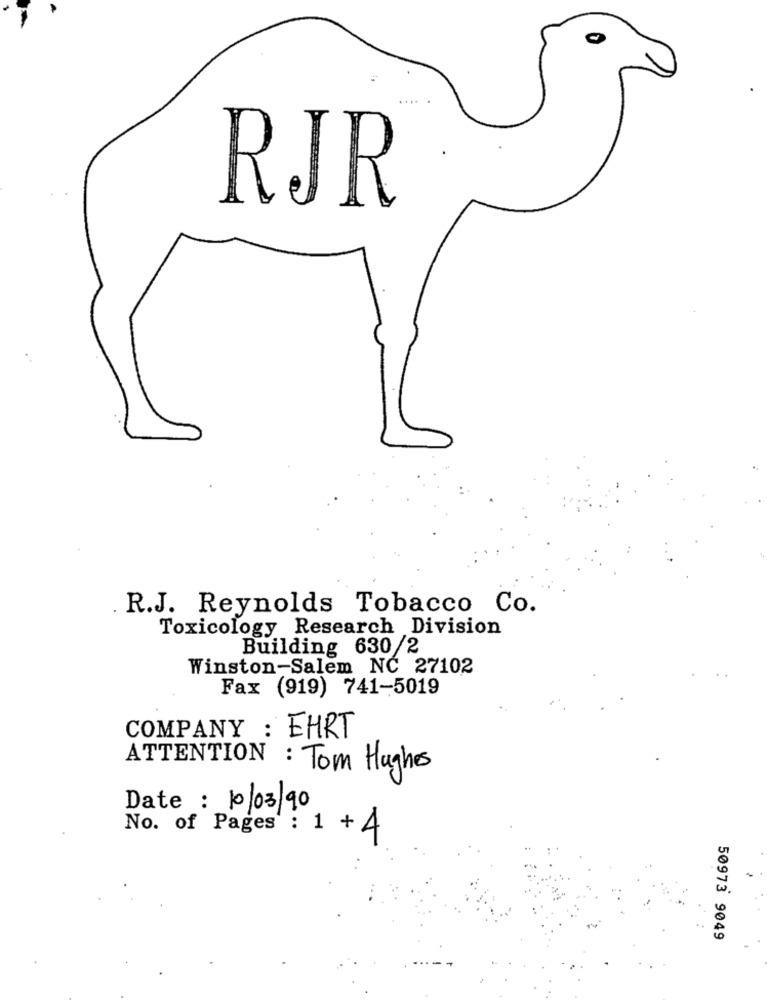
RJR
R.J. Reynolds Tobacco Co.
Toxicology Research Division
Building 630/2
Winston-Salem NĆ 27102
Fax (919) 741-5019
COMPANY : EHRT
ATTENTION : Tom Hughes
Date : 10/03/90
No. of Pages : 1 +4
50973 9049